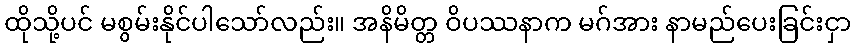
ထိုသို့ပင် မစွမ်းနိုင်ပါသော်လည်း။ အနိမိတ္တ ဝိပဿနာက မဂ်အား နာမည်ပေးခြင်းငှာ